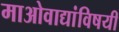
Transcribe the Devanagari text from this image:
माओवाद्यांविषयी